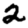
Digit: 2